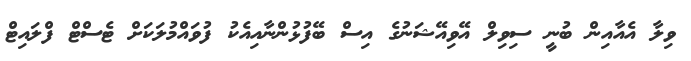
ވިލާ އެއާއިން ބުނީ ސިވިލް އޭވިއޭޝަނުގެ އިސް ބޭފުޅުންނާއިއެކު ފުވައްމުލަކަށް ޓެސްޓް ފްލައިޓް